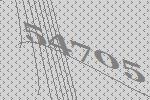
54705